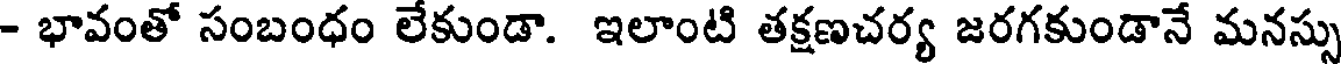
- భావంతో సంబంధం లేకుండా. ఇలాంటి తక్షణచర్య జరగకుండానే మనస్సు